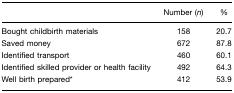
|  | Number (n) | % |
 | --- | --- | --- |
 | Bought childbirth materials | 158 | 20.7 |
 | Saved money | 672 | 87.8 |
 | Identified transport | 460 | 60.1 |
 | Identified skilled provider or health facility | 492 | 64.3 |
 | Well birth prepared* | 412 | 53.9 |